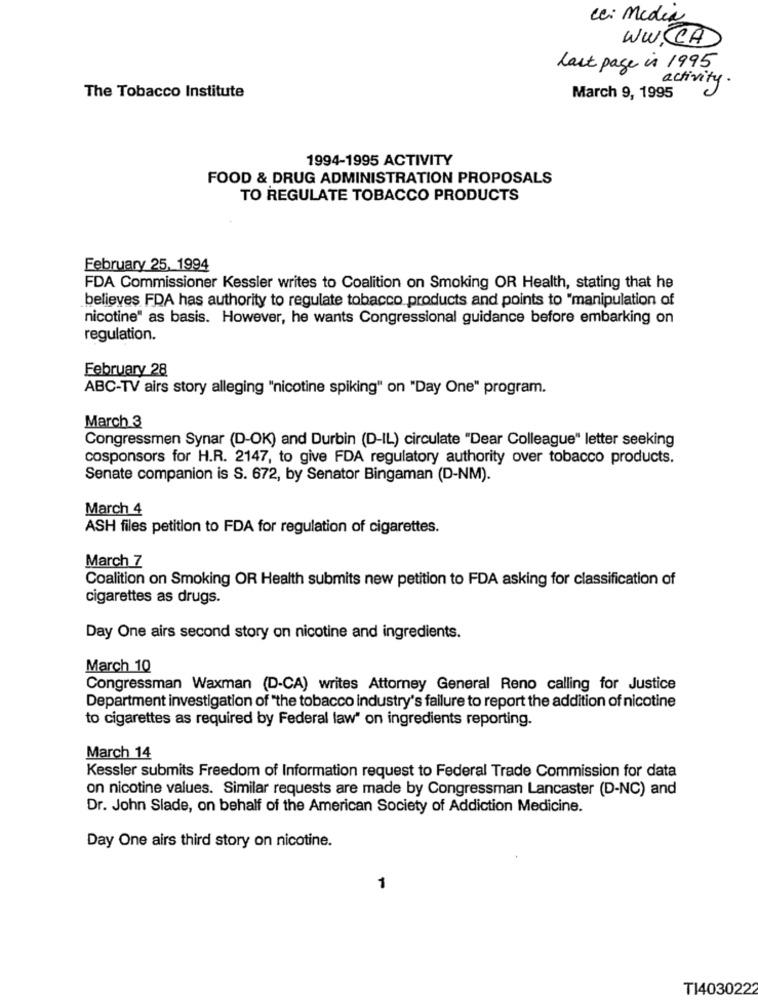
ce: Media
WW.CA
last page is 1995
activity .
The Tobacco Institute
March 9, 1995
1994-1995 ACTIVITY
FOOD & DRUG ADMINISTRATION PROPOSALS
TO REGULATE TOBACCO PRODUCTS
February 25, 1994
FDA Commissioner Kessler writes to Coalition on Smoking OR Health, stating that he
believes FDA has authority to regulate tobacco products and points to "manipulation of
nicotine" as basis. However, he wants Congressional guidance before embarking on
regulation.
February 28
ABC-TV airs story alleging "nicotine spiking" on "Day One" program.
March 3
Congressmen Synar (D-OK) and Durbin (D-IL) circulate "Dear Colleague" letter seeking
cosponsors for H.R. 2147, to give FDA regulatory authority over tobacco products.
Senate companion is S. 672, by Senator Bingaman (D-NM).
March 4
ASH files petition to FDA for regulation of cigarettes.
March 7
Coalition on Smoking OR Health submits new petition to FDA asking for classification of
cigarettes as drugs.
Day One airs second story on nicotine and ingredients.
March 10
Congressman Waxman (D-CA) writes Attorney General Reno calling for Justice
Department investigation of "the tobacco industry's failure to report the addition of nicotine
to cigarettes as required by Federal law" on ingredients reporting.
March 14
Kessler submits Freedom of Information request to Federal Trade Commission for data
on nicotine values. Similar requests are made by Congressman Lancaster (D-NC) and
Dr. John Slade, on behalf of the American Society of Addiction Medicine.
Day One airs third story on nicotine.
1
T14030222